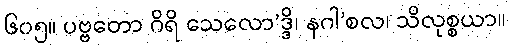
၆၀၅။ ပဗ္ဗတော ဂိရိ သေလော’ဒ္ဒိ၊ နဂါ’စလ၊ သိလုစ္စယာ။